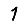
Digit: 1